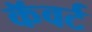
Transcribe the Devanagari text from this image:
कॅवर्ट